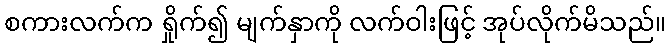
စကားလက်က ရှိုက်၍ မျက်နှာကို လက်ဝါးဖြင့် အုပ်လိုက်မိသည်။